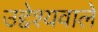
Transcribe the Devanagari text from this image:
उद्देश्यवाले